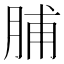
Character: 脯